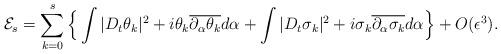
LaTeX: \begin{align*} \mathcal{E}_s=\sum_{k=0}^s \Big\{\int |D_t\theta_k|^2+i\theta_k \overline{\partial_{\alpha}\theta_k}d\alpha+\int |D_t\sigma_k|^2+i\sigma_k \overline{\partial_{\alpha}\sigma_k}d\alpha\Big\}+O(\epsilon^3).\end{align*}